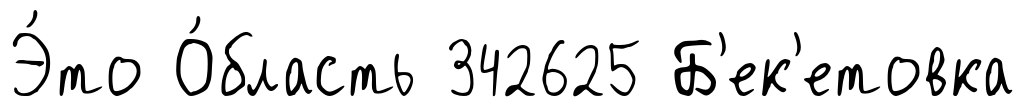
Э́то О́бласть 342625 Б'ек'етовка